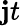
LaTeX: \mathbf{j}t